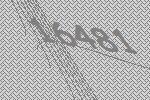
16481